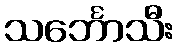
သင်္ဘောသီး